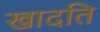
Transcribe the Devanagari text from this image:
खादति